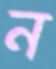
ন